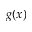
g ( x )